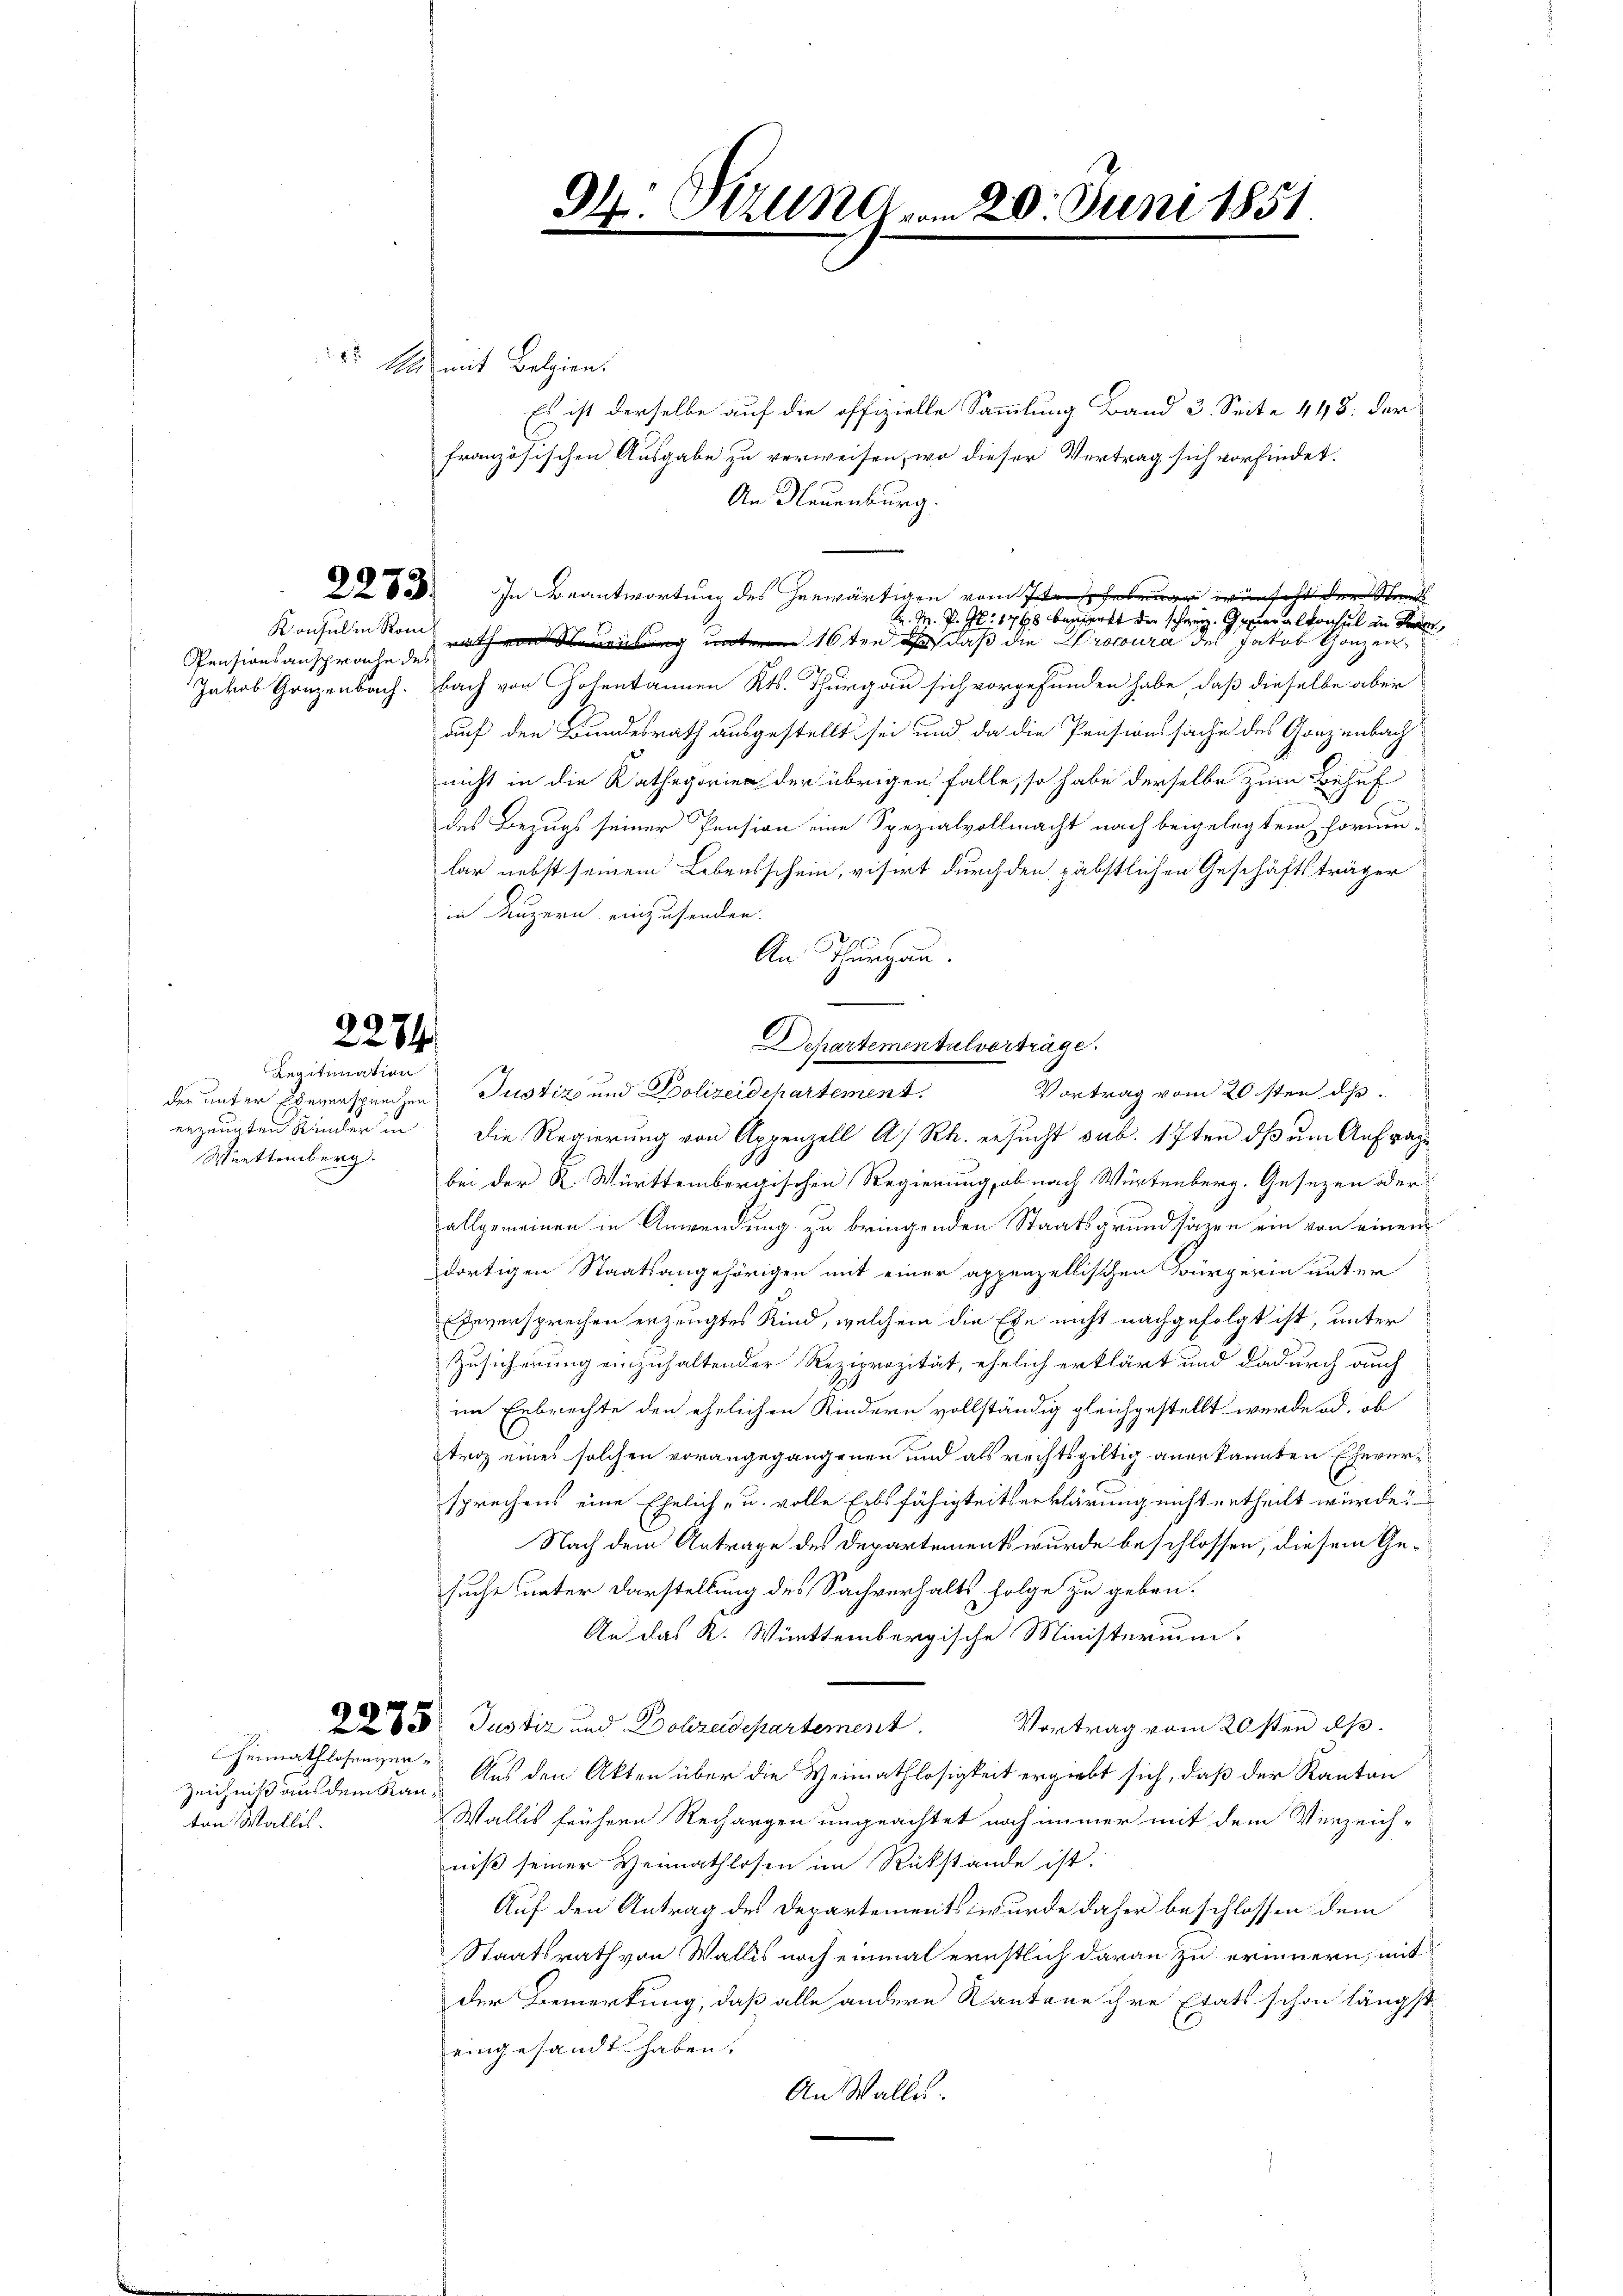
Pensionsanschrache des

2284
Legitimation

Württemberg.

d 4 mit Belgien.

Es ist derselbe auf die offizielle Sammlung Band 3. Seite 448. der
französischen Ausgabe zu verweisen, wo dieser Vertrag sich vorfindet.
An Neuenburg.
 828. In Beantwortung des herwärtigen vom 7. wünscht der Stand
Konsul in von 16ten , daß die Procura des Jakob Ganzen¬
Jakob Ganzenbach. bach von Cholentannen Kts. Thurgau sich vorgefunden habe, daß dieselbe aber
auf den Bundesrath ausgestellt sei und da die Pensionssache des Ganzenbach
nicht in die Kathegorien der übrigen falle, so habe derselbe zum Behuf
des Bezugs seiner Pension eine Spezialvollmacht nach beigelegtem Formen-
lar nebst seinem Lebensschein, visirt durch den päbstlichen Geschäftsträger
in Luzern einzusenden.
An Thurgau.
Departementalverträge.
Vortrag vom 20sten dh.
der unter Eheversprechen Justiz und Polizeidchartement.
erzeugten Kinder in die Regierung von Appenzell A/Rh. ersucht sub. 17ten ds am Anfrage
bei der K. Württembergischen Regierung, ob nach Würtenberg. Gesezen oder
allgemeinen in Anwendung zu bringenden Staatsgrundsäzen ein von einem
dortigen Staatsangehörigen mit einer appenzellischen Bürgerin unter
Eheversprechen erzeugtes Kind, welchem die Ehe nicht nachgefolgt ist, unter
Zusicherung einzuhaltender Reziprozität, ehelich erklärt und dadurch auch
im Erbrechte den ehelichen Kindern vollständig gleichgestellt werden, ob
troz eines solchen vorangegangenen und als rechtsgültig anerkannten Eheversprechens eine Ehelich - u. volle Erbsfähigkeitserklärung nicht ertheilt würde?
Nach dem Antrage des Departements wurde beschlossen, diesem Gesuche unter Darstellung des Sachverhalts folge zu geben.
An das K. Württembergische Ministerium.
Vortrag vom 20sten dß.
22 25 Justiz und Dekreisepartement.
Aus den Akten über die Heimathlosigkeit ergiebt sich, daß der Kanton
Wallis frühren Rechargen ungeachtet noch immer mit dem Verzeich-
niß seiner Heimathlosen im Rükstände ist.
Auf den Antrag des Departements wurde daher beschlossen dem
Staatsrath von Wallis noch einmal ernstlich daran zu erinnern, mit
der Bemerkung, daß alle andere Kantone ihre Etats schon längst
eingesandt haben.
An Walle.

Heimathlosengen.
Zeichniß aus dem Kanton Wallis.

94. Setzung.

20. Juni 1851

K. M. P. G. 1798 bemerkt der schweiz. Generalkonsul der Bern,